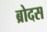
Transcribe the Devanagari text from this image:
ब्रोदस